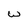
Character: w